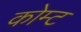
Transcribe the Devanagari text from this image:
कोम्ट